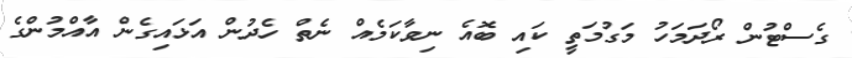
ގެސްޓުން ރޯދަމަހު މަގުމަތީ ކައި ބޮއެ ނިވާކަމެއް ނެތް ހެދުން އަޅައިގެން އާއްމުންގެ